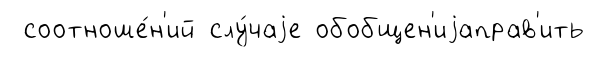
соотноше́н'ий слу́чаjе обобщен'иjаправ'ить